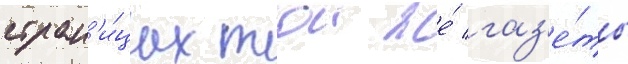
стран'и́цах тои же́ газ'е́ты